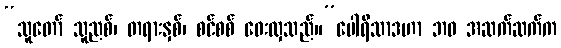
“သူတော် သူညစ်၊ တရားနှစ်၊ စင်စစ် ဝေးလှသည်။”ပေါရိသာဒဟာ ဘဝ အဆက်ဆက်က